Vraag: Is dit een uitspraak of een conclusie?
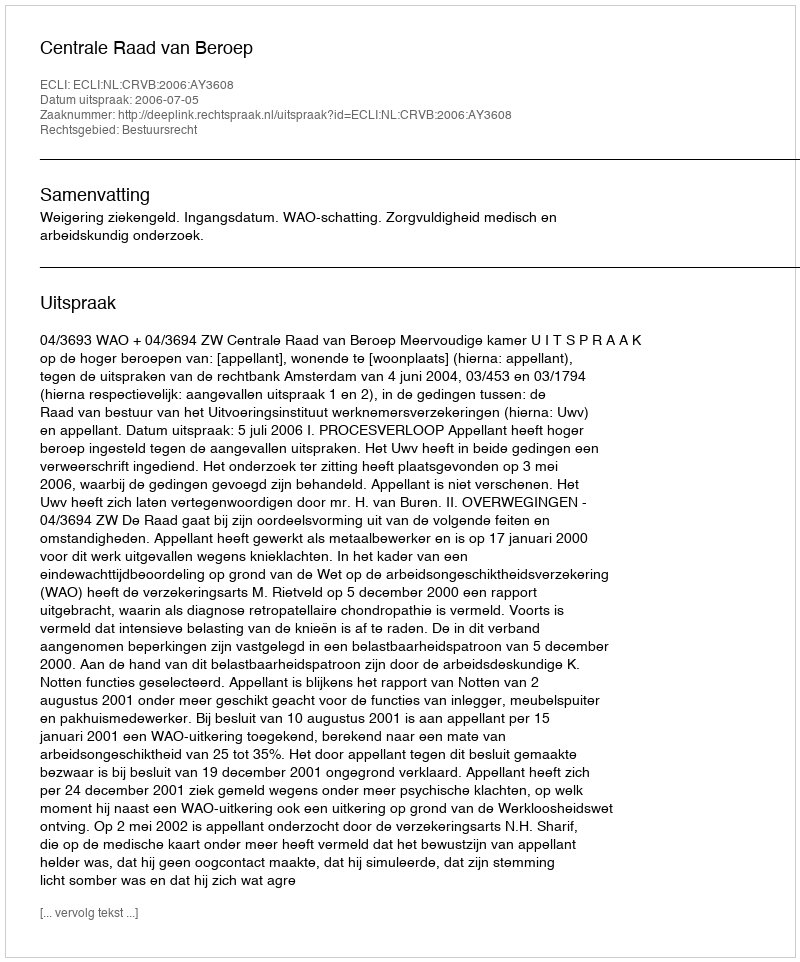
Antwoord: Uitspraak